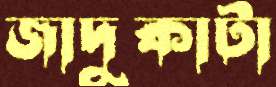
জাদুকাটা